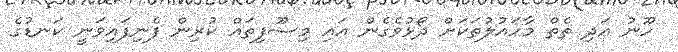
ހޫނު އަދި ތެތް މާހައުލުތަކަށް ދޯޅުވެގެން އައި މިސޫފިތައް ކުރިން ފެނިފައިވަނީ ކަނޑުގެ